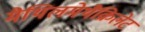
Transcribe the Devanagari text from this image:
मैथिलमेथैक्रिलेट